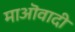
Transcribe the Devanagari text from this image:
माऒवादी